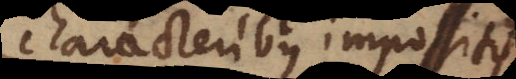
characteribus impositis